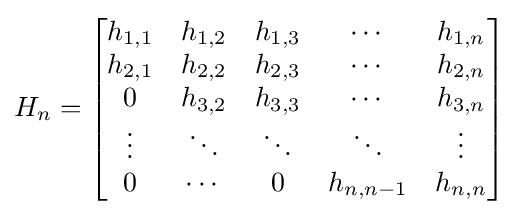
H_{n}={\begin{bmatrix}h_{1,1}&h_{1,2}&h_{1,3}&\cdots &h_{1,n}\\h_{2,1}&h_{2,2}&h_{2,3}&\cdots &h_{2,n}\\0&h_{3,2}&h_{3,3}&\cdots &h_{3,n}\\\vdots &\ddots &\ddots &\ddots &\vdots \\0&\cdots &0&h_{n,n-1}&h_{n,n}\end{bmatrix}}